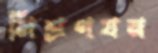
মিশ্রণযন